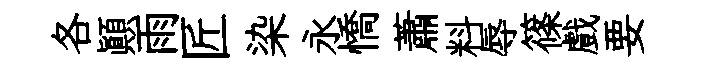
各顛雨匠染永憍蕭料辱篠戲要